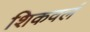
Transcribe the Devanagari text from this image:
शिकवलं